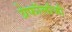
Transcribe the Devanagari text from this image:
ग्रेफॉलॉजी